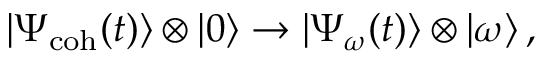
| \Psi _ { \mathrm { c o h } } ( t ) \rangle \otimes | 0 \rangle \rightarrow | \Psi _ { \omega } ( t ) \rangle \otimes | \omega \rangle \, ,